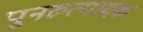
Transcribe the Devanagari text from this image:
पुनरुत्‍पादक